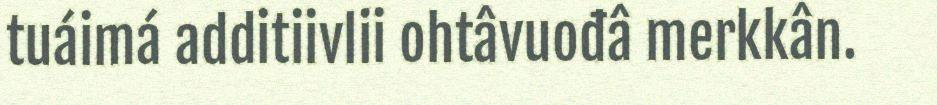
tuáimá additiivlii ohtâvuođâ merkkân.